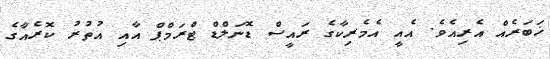
ޚަބަރެއް އެރިއެވެ. އެއީ އެމެރިކާގެ ރައީސް ޑޮނަލްޑް ޓްރަމްޕް އާއި އުތުރު ކޮރެއާގެ